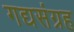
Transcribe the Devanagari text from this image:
गद्यसंग्रह